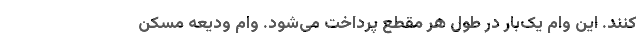
کنند. این وام یک‌بار در طول هر مقطع پرداخت می‌شود. وام ودیعه مسکن